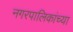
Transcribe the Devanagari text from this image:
नगरपालिकांच्या